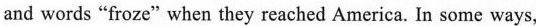
and words"froze"when they reached America. In some ways,